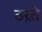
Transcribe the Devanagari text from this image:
ठऱते